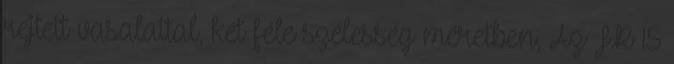
rejtett vasalattal, két féle szélesség méretben, Az FR 15